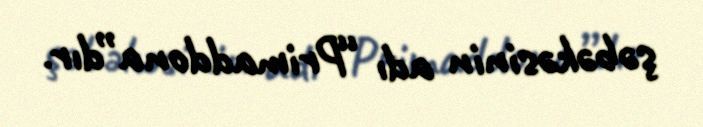
şəbəkəsinin adı “Primaddona”dır.